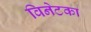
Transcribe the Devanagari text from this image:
विनेटका